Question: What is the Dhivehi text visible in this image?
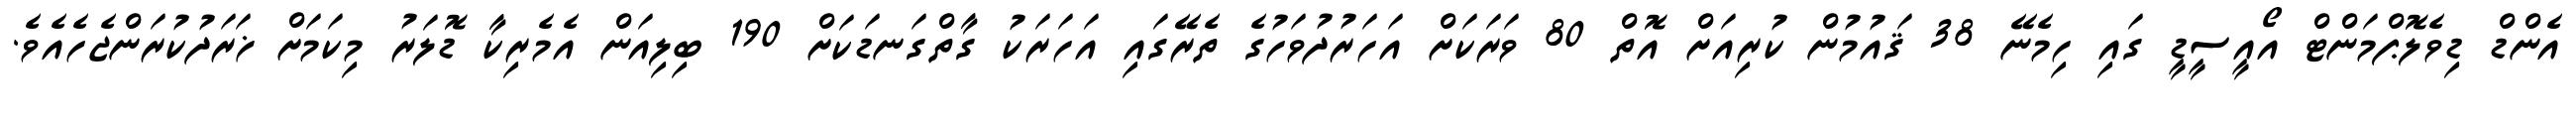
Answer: އެންޑް ޑިވެލޮޕްމަންޓް އޯއީސީޑީ ގައި ހިމެނޭ 38 ޤައުމުން ކުރިއަށް އޮތް 80 ވަރަކަށް އަހަރުދުވަހުގެ ތެރޭގައި އަހަރަކު ގާތްގަނޑަކަށް 190 ބިލިއަން އެމެރިކާ ޑޮލަރު މިކަމަށް ޚަރަދުކުރަންޖެހެއެވެ.